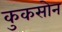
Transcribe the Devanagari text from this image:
कुकसोन